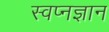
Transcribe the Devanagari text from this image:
स्वप्नज्ञान